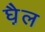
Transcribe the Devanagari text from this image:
घ़ैल